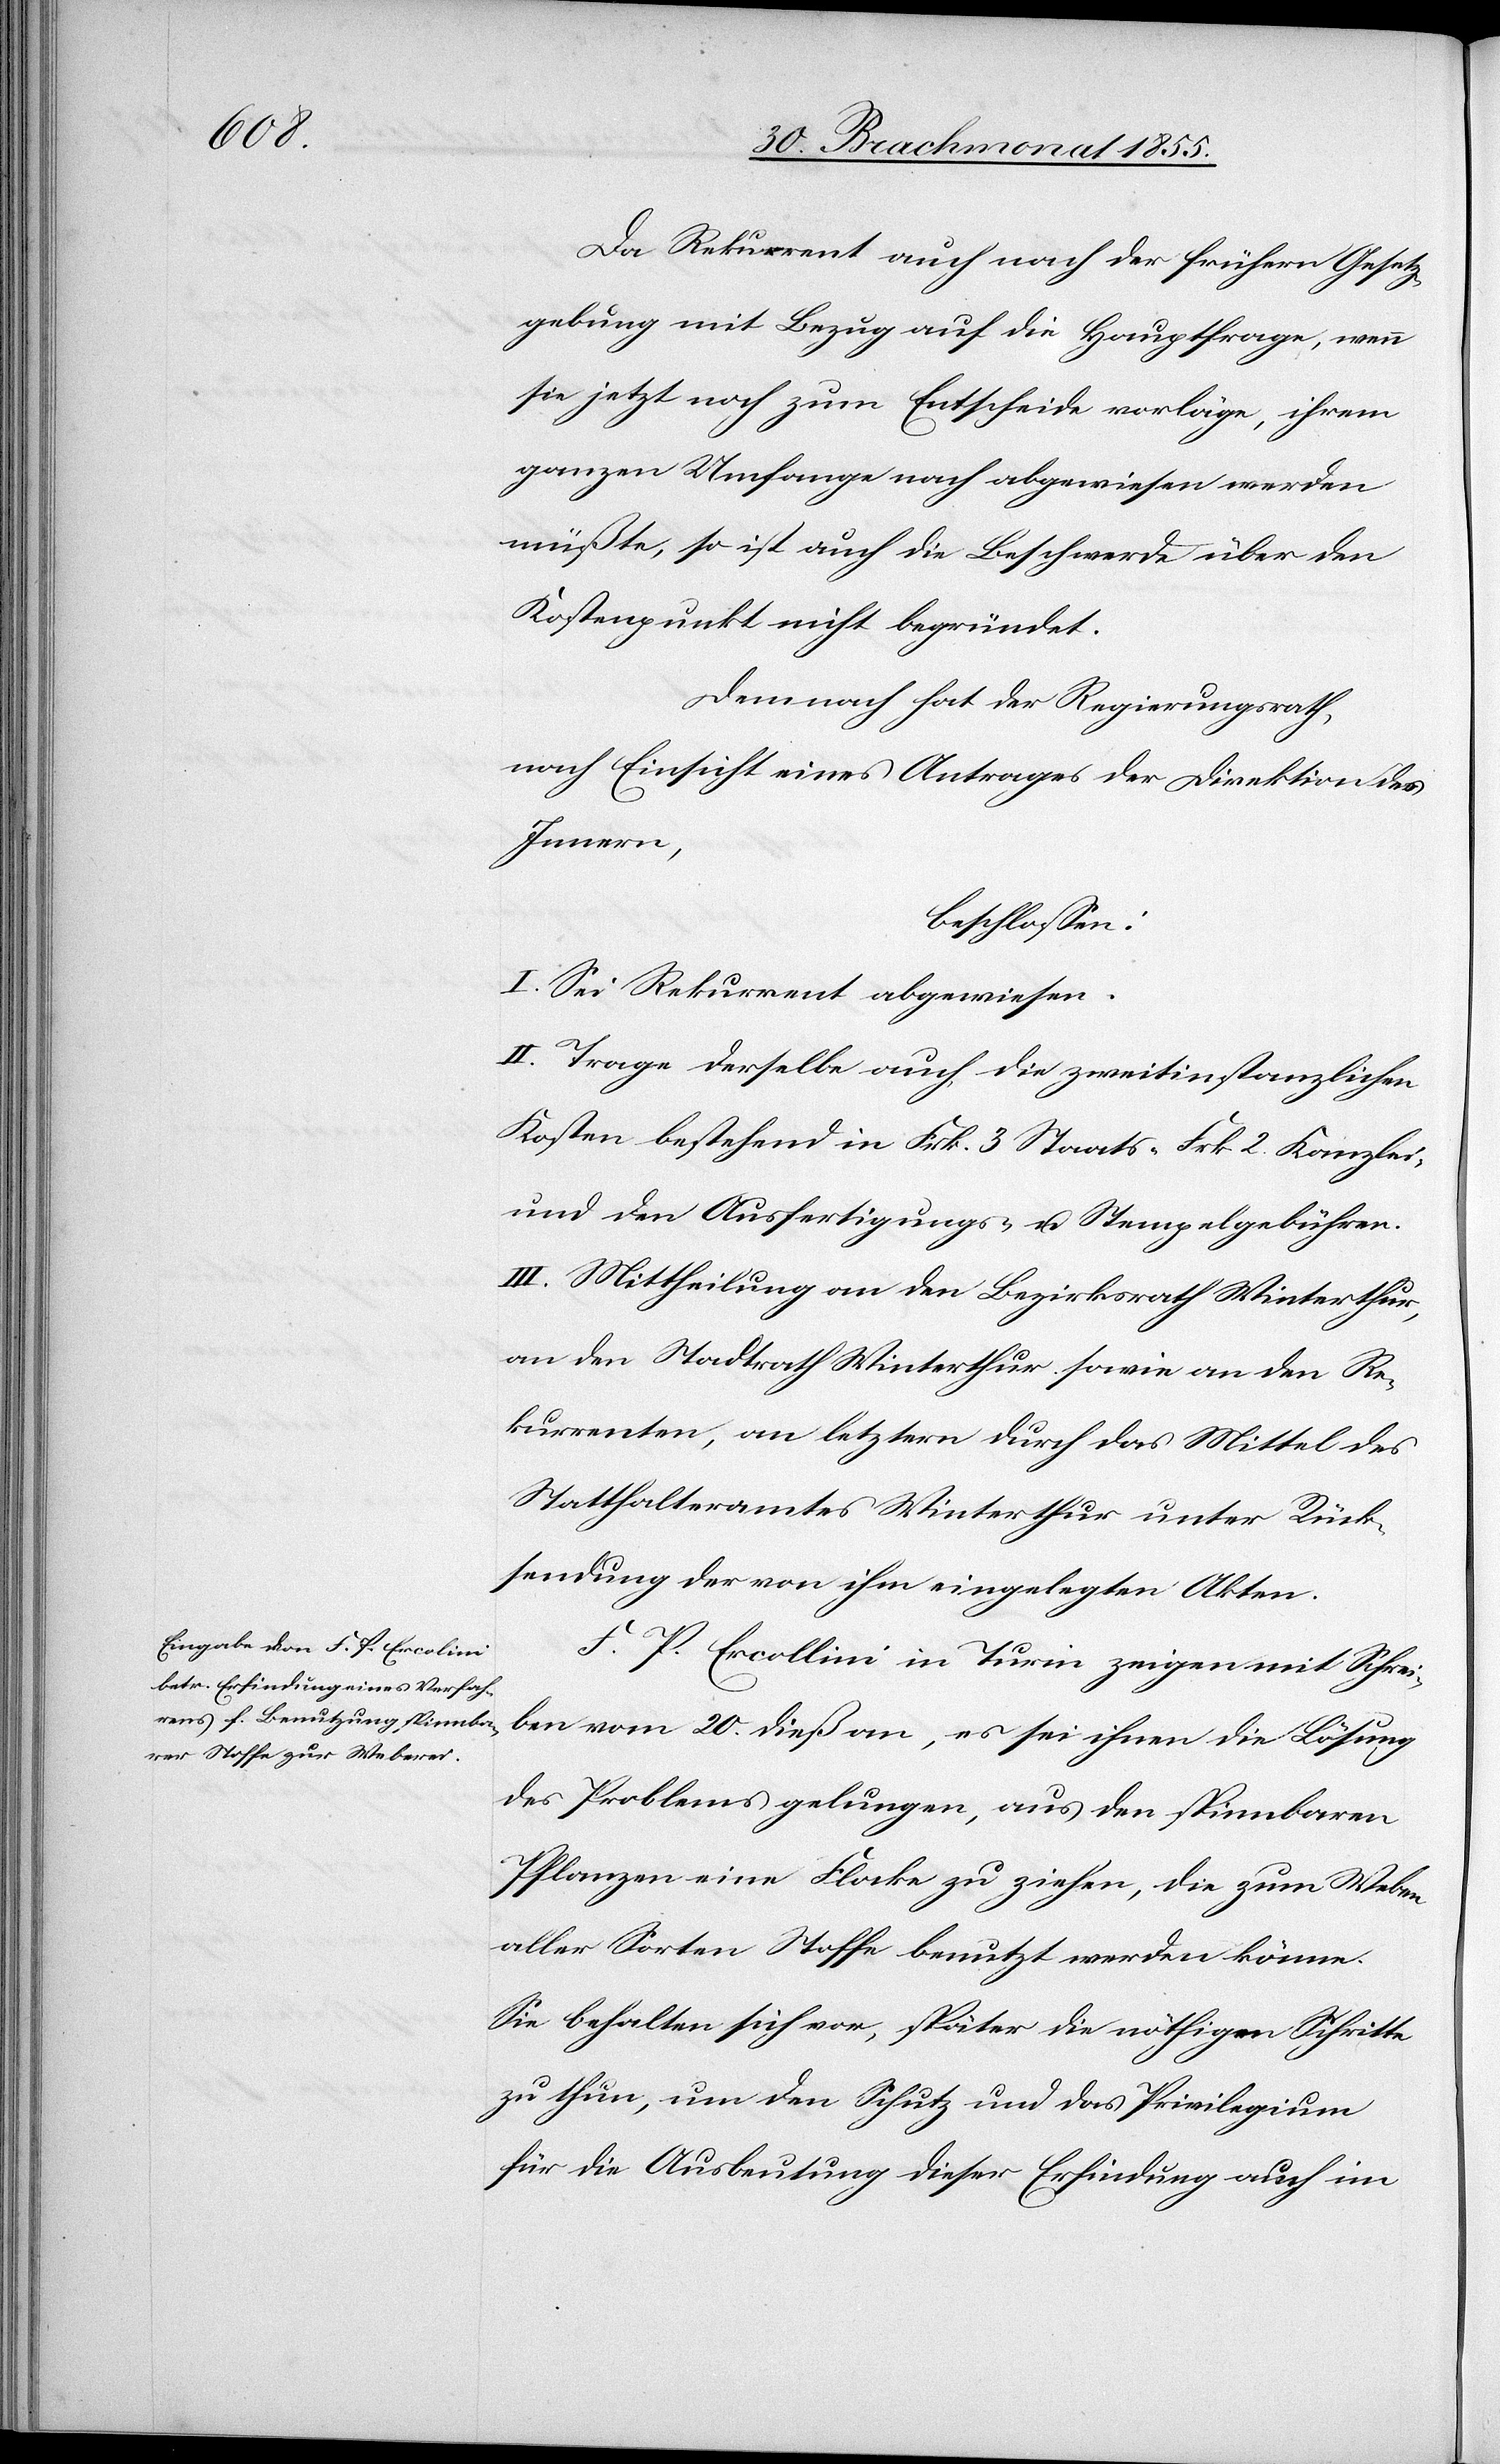
Da Rekurrent auch nach der frühern Gesetz¬
gebung mit Bezug auf die Hauptfrage, wenn
sie jetzt noch zum Entscheide vorläge, ihrem
ganzen Umfange nach abgewiesen werden
müßte, so ist auch die Beschwerde über den
Kostenpunkt nicht begründet.
Demnach hat der Regierungsrath,
nach Einsicht eines Antrages der Direktion des
Innern,
beschlossen:
I. Sei Rekurrent abgewiesen.
II. Trage derselbe auch die zweitinstanzlichen
Kosten bestehend in Frk. 3 Staats-[,] Frk. 2. Kanzlei-
und den Ausfertigungs- u. Stempelgebühren.
III. Mittheilung an den Bezirksrath Winterthur,
an den Stadtrath Winterthur sowie an den Re¬
kurrenten, an letztern durch das Mittel des
Statthalteramtes Winterthur unter Rück¬
sendung der von ihm eingelegten Akten.
F. P. Ercollini [sic!] in Turin zeigen mit Schrei¬
ben vom 20. dieß an, es sei ihnen die Lösung
des Problems gelungen, aus den spinnbaren
Pflanzen eine Flocke zu ziehen, die zum Weben
aller Sorten Stoffe benutzt werden könne.
Sie behalten sich vor, später die nöthigen Schritte
zu thun, um den Schutz und das Privilegium
für die Ausbeutung dieser Erfindung auch im